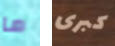
ما كبرى